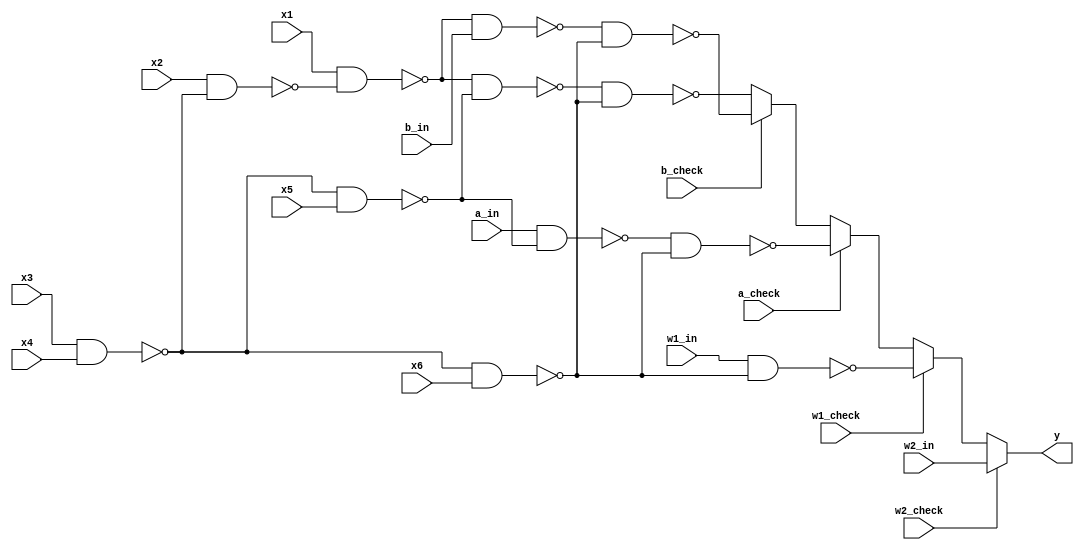
module ckt(x1,x2,x3,x4,x5,x6,w1_in,w2_in,a_in,b_in,w1_check,w2_check,a_check,b_check,y);
    
    input x1,x2,x3,x4,x5,x6,w1_in,w2_in,a_in,b_in,w1_check,w2_check,a_check,b_check;
    output reg y;

    wire a,b,w1,c,d,e;

    always @ (*)
    begin
        if(w2_check)
        begin
            //stuck-at-fault at w2
            y = w2_in;
        end
        else if(w1_check)
        begin
            //stuck-at-fault at w1
            y = ~(w1_in & ~(~(x3 & x4) & x6));
        end
        else if(a_check)
        begin
            //stuck-at-fault at a
            y = ~(~(a_in & ~(~(x3 & x4) & x5)) & ~(~(x3 & x4) & x6));
        end
        else if(b_check)
        begin
            //stuck-at-fault at b
            y = ~(~(~(x1 & ~(x2 & ~(x3 & x4))) & b_in) & ~(~(x3 & x4) & x6));
        end
        else
        begin
            //no stuck-at-faults (ideal circuit)
            y = ~(~(~(x1 & ~(x2 & ~(x3 & x4))) & ~(~(x3 & x4) & x5)) & ~(~(x3 & x4) & x6));
        end
    end

endmodule